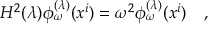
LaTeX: H ^ { 2 } ( \lambda ) \phi _ { \omega } ^ { ( \lambda ) } ( x ^ { i } ) = \omega ^ { 2 } \phi _ { \omega } ^ { ( \lambda ) } ( x ^ { i } ) ~ ~ ~ ,